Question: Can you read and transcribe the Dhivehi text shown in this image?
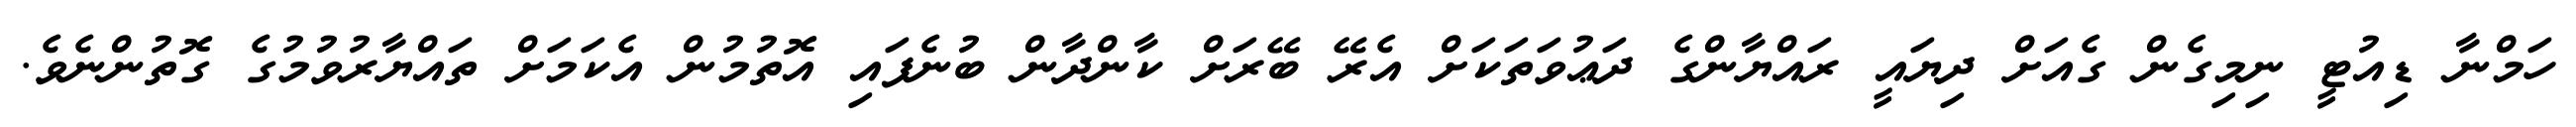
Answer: ހަމްނާ ޑިއުޓީ ނިމިގެން ގެއަށް ދިޔައީ ރައްޔާންގެ ދަޢުވަތަކަށް އެރޭ ބޭރަށް ކާންދާން ބުނެފައި އޮތުމުން އެކަމަށް ތައްޔާރުވުމުގެ ގޮތުންނެވެ.